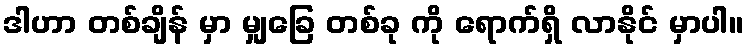
ဒါဟာ တစ်ချိန် မှာ မျှခြေ တစ်ခု ကို ရောက်ရှိ လာနိုင် မှာပါ။